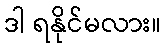
ဒါ ရနိုင်မလား။